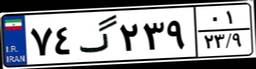
۵۷گ۷۸۴۷۳